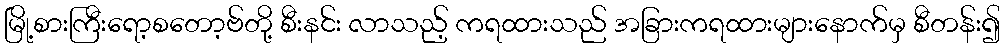
မြို့စားကြီးရော့စတော့ဗ်တို့ စီးနင်း လာသည့် ကရထားသည် အခြားကရထားများနောက်မှ စီတန်း၍